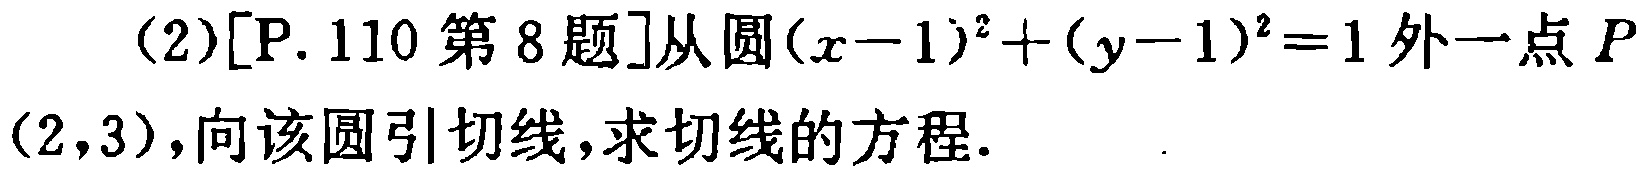
(2)[P. 110 第 8 题]从圆\((x - 1)^2 + (y - 1)^2 = 1\)外一点\(P(2,3)\)，向该圆引切线，求切线的方程.